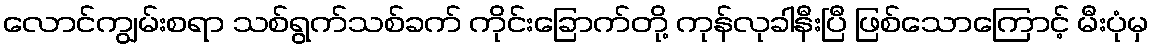
လောင်ကျွမ်းစရာ သစ်ရွက်သစ်ခက် ကိုင်းခြောက်တို့ ကုန်လုခါနီးပြီ ဖြစ်သောကြောင့် မီးပုံမှ